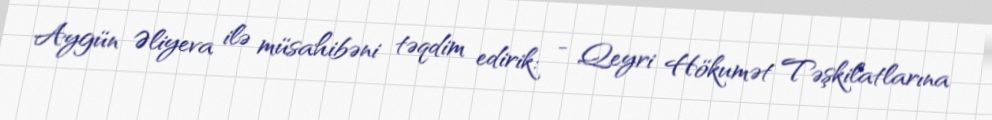
Aygün Əliyeva ilə müsahibəni təqdim edirik: - Qeyri Hökumət Təşkilatlarına